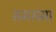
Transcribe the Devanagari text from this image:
समसमा